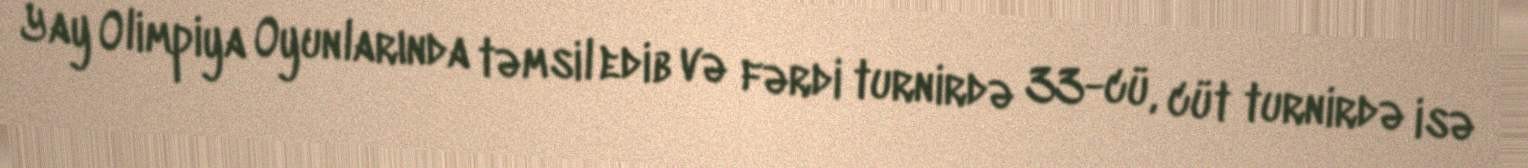
Yay Olimpiya Oyunlarında təmsil edib və fərdi turnirdə 33-cü, cüt turnirdə isə